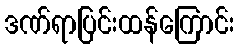
ဒဏ်ရာပြင်းထန်ကြောင်း